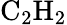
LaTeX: \mathrm{{C_{2}H_{2}}}